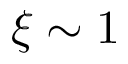
\xi \sim 1